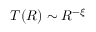
T ( R ) \sim R ^ { - \xi }